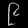
Digit: ၉